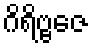
ဂိရိဗ္ဗဇေ